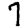
Digit: 7